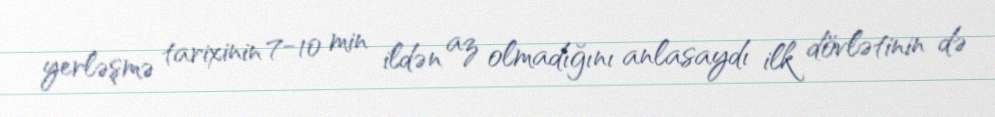
yerləşmə tarixinin 7-10 min ildən az olmadığını anlasaydı ilk dövlətinin də